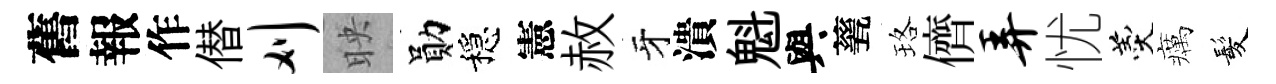
舊報作僣刈映勛穩憲赦牙潰魁與甆珞儕弄忧羹癘髪